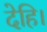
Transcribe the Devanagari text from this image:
देहि।